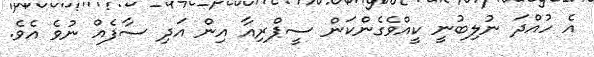
އެ ހުއްދަ ނުލިބުނީ ކީއްވެގެންކަން ސީޕްރިއާ އިން އަދި ސާފެއް ނުވެ އެވެ.